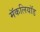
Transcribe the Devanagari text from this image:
मॅकलियॉड